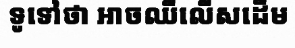
ទូទៅថា អាចឈឺលើសដើម